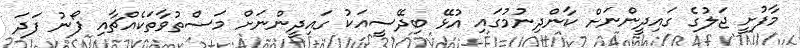
މާފުށީ ޖަލުގެ ގައިދީންނަށް ކާންދިނުމުގައި އުޅޭ ބިދޭސީއަކު ގައިދީންނަށް މަސްތުވާތަކެއްޗާއި ފޯނު ފަދަ